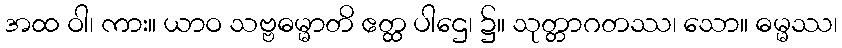
အထ ဝါ၊ ကား။ ယာဝ သဗ္ဗဓမ္မာတိ ဧတ္ထ ပါဌေ၊ ၌။ သုတ္တာဂတဿ၊ သော။ ဓမ္မဿ၊